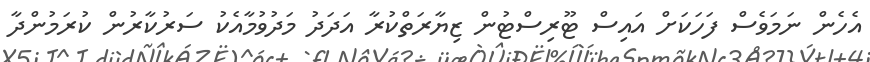
އެހެން ނަމަވެސް ފަހަކަށް އައިސް ޓޫރިސްޓުން ޒިޔާރަތްކުރާ އަދަދު މަދުވުމާއެކު ސަރުކާރުން ކުރަމުންދާ